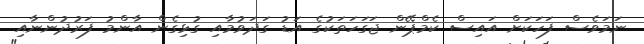
ނަމަވެސް ފަހަކަށް އައިސް ކެމްޕޭން ޖަގަހަތަކުގެ އަޑު ގަދަވުމާއި ގުޅިގެން އާންމު ފަރުދުންނާއި